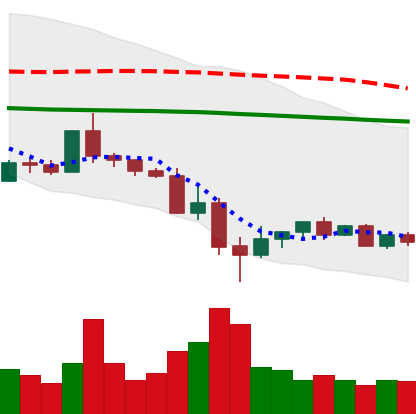
Ticker: ETC-USD
Chart end date: 2022-05-20
Forward return: 17.399%
Label: up_7plus